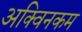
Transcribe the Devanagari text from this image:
अक्विनकम